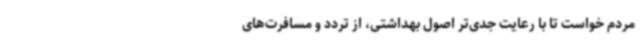
مردم خواست تا با رعایت جدی‌تر اصول بهداشتی، از تردد و مسافرت‌های